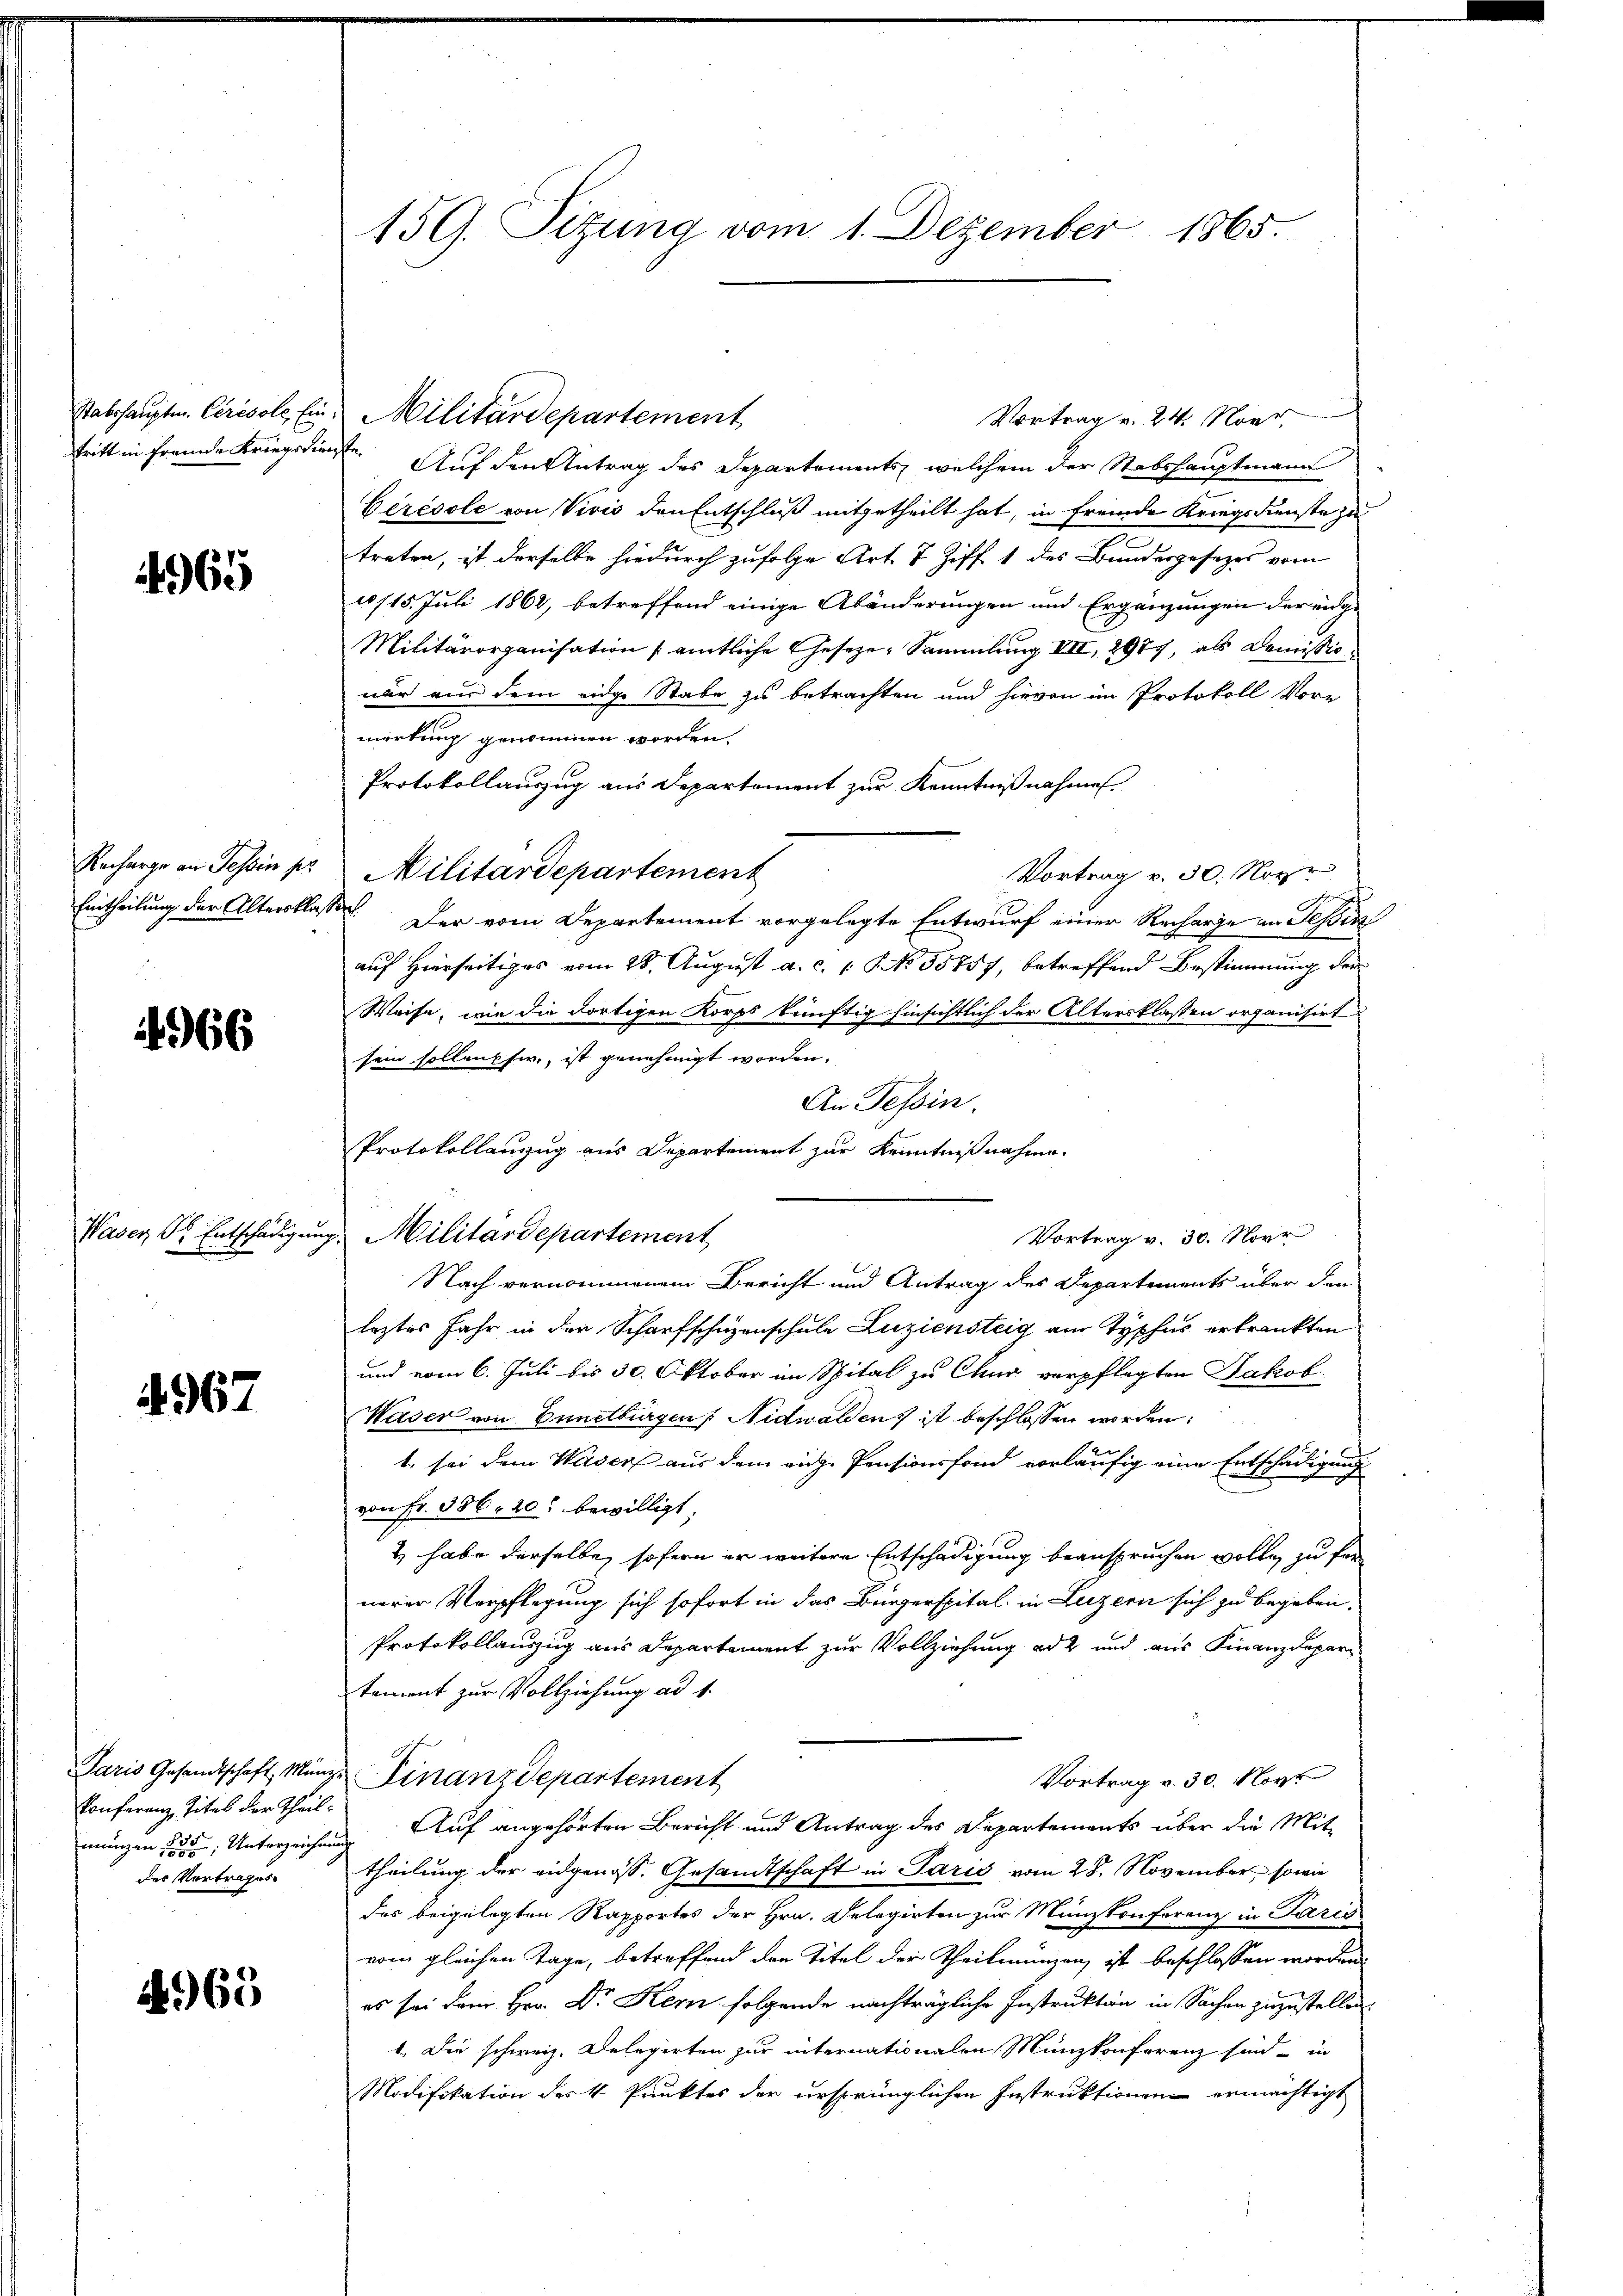
4965

Recharge an Tessin per
Eintheilung der Alterskla¬

4966

4967

Konferenz Titel der Theilmungen fern, Unterzeichnung
des Vortrages

1969

159. Sitzung vom 1. Dezember 1865.

Vortrag v. 24. Nove
tritt in fremde Kriegsdienste. Auf den Antrag des Departements, welchem der Stabshauptmann
Cérésole von Vivis den Entschluß mitgetheilt hat, in fremde Kriegsdienste zu
treten, ist derselbe hiedurch zufolge Art 7 Ziff. 1 des Bundesgesetzes vom
/15. Juli 1862, betreffend einige Abänderungen und Ergänzungen der eng¬
Militärorganisation amtliche Gesetze, Sammlung III, 2977, als Demissio
nur aus dem eidge Stabe zu betrachten und hievon im Protokoll Vore
merkung genommen worden.
Protokollauszug aus Departement zur Kenntnißnahmen.
Militärdepartement
Vortrag v. 30. Noyr
se. Der vom Departement vorgelegte Entwurf einer Recharge an Tessin
auf Hierseitiges vom 28. August a. c. 1. No. 35757, betreffend Bestimmung der
Weise, wie die dortigen Korps künftig hinsichtlich der Altersklassen organisirt
sein sollenksir, ist genehmigt worden.
An Tessin.
Protokollanzug aus Departement zur Kenntnißnahme
Waser Sr. Entschädigŭng Militärdepartement
Vortrag v. 30. Novr
Nach vernommenem Bericht und Antrag des Departements über den
leztes Jahr in der Scharfschuzenschule Luziensteig am Typhus erkrankten
und vom 6. Juli bis 30. Oktober im Spital zu Chur verpflegten Jakob
Waser von Ennetburgen, Nidwalden ist beschlossen worden:
1. sei dem Wasers aus dem eige Pensionsfond vorläufig eine Entschädigung
von Fr. 386. 20 bewilligt.
2) habe derselbe, sofern er weitere Entschädigung beanspruchen wolle, zu fer
nerer Verpflegung sich sofort in das Bürgerspital in Luzern sich zu begeben,
Protokollauszug aus Departement zur Vollziehung ad 2 und aus Finanzdepar
tement zur Vollziehung ad 1.
Paris Gesandtschaft, Münze Finanzdepartement
Vortrag v. 30. Mayt
Auf angehörten Bericht und Antrag des Departements über die Mit-
theilung der eidgenöss. Gesandtschaft in Paris vom 28. November, sowie
des beigelegten Rapportes der Hrn. Delegirten zur Münzkonferenz in Paris
vom gleichen Tage, betreffend den Titel der Theilungen ist beschlossen worden.
es sei dem Hrn. Dr. Kern folgende nachträgliche Instruktion in Sachen zuzustellen
1. Die schweiz. Delegirten zur internationalen Münzkonferenz sind in
Modifikation der 4 Punktes der ursprünglichen Instruktionen ermächtigt

Stabshauptm. Circsole Ein Militärdepartement